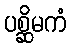
ပစ္ဆိမကံ